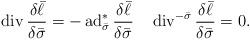
LaTeX: \begin{align*}\operatorname{div}\frac{\delta \bar\ell}{\delta \bar\sigma}=-\operatorname{ad}^*_{\bar\sigma}\frac{\delta \bar\ell}{\delta \bar\sigma}\quad\operatorname{div}^{-\bar\sigma}\frac{\delta \bar\ell}{\delta\bar\sigma}=0.\end{align*}